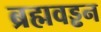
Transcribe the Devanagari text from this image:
ब्रह्मवड्ढन